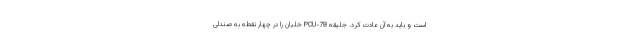
است و باید به آن عادت کرد. جلیقه PCU-78 خلبان را در چهار نقطه به صندلی